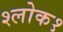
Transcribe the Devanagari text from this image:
श्लोक१